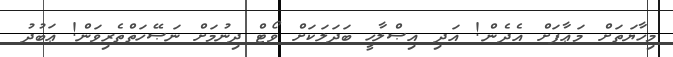
މިހާޔަތަށް މަޢާފަށް އެދެން! އަދި އިޞްލާހީ ބަދަލަކަށް ވޯޓް ދިނުމަށް ނަޞޭހަތްތެރިވަން! ޢަބުދު